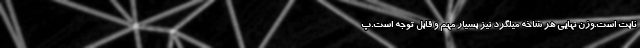
ثابت است.وزن نهایی هر شاخه میلگرد نیز بسیار مهم و قابل توجه است.پ